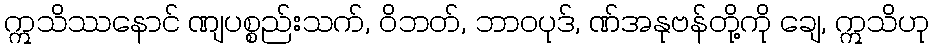
ဣသိဿနောင် ဏျပစ္စည်းသက်, ဝိဘတ်, ဘာဝပုဒ်, ဏ်အနုဗန်တို့ကို ချေ, ဣသိဟု